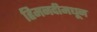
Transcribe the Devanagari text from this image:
हिमनदीमधून